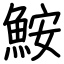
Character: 鮟